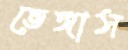
ভেঙ্গাস